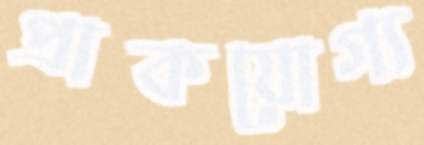
প্রাকযোগ্য